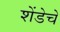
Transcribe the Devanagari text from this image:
शेंडेचे